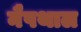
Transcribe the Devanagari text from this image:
नैपथाल